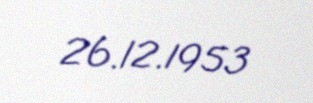
26.12.1953